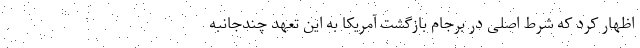
اظهار کرد که شرط اصلی در برجام بازگشت آمریکا به این تعهد چندجانبه